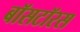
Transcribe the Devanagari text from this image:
बॉसटॉरस